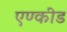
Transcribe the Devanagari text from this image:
एण्कीड